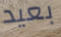
بعيد